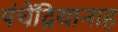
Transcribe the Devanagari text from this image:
पंचेंद्रियानाह